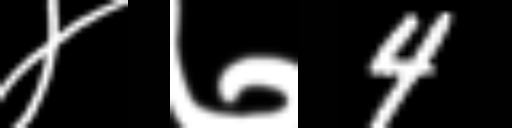
Text: ४७4